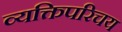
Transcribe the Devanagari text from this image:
व्यक्तिपरिचय